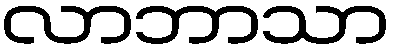
လာဘာသာ